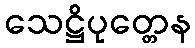
သေဋ္ဌိပုတ္တေန